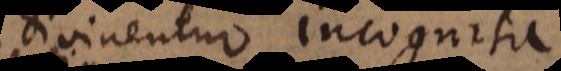
divinentur incognita.